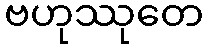
ဗဟုဿုတေ